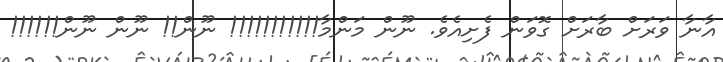
އާނާ ވަރަށް ބާރަށް ގޮވަން ފެށިއެވެ. ނޫން މަންމާ!!!!!!!!!!! ނޫން!! ނޫން ނޫން!!!!!!